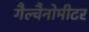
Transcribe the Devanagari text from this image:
गैल्वैनोमीटर